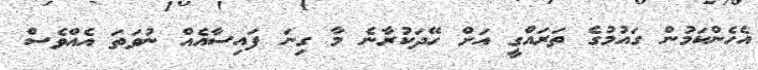
އެހެންކަމުން ގައުމުގެ ތަރައްގީ އަށް ހޭދަކުރާނެ މާ ގިނަ ފައިސާއެއް ނުވަތަ އެއްވެސް